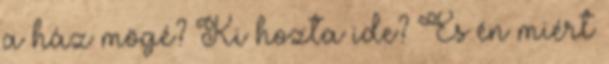
a ház mögé? Ki hozta ide? És én miért